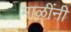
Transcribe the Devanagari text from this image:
माळींनी